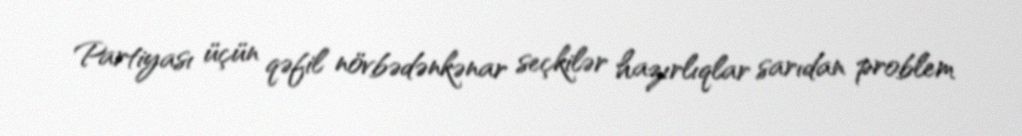
Partiyası üçün qəfil növbədənkənar seçkilər hazırlıqlar sarıdan problem